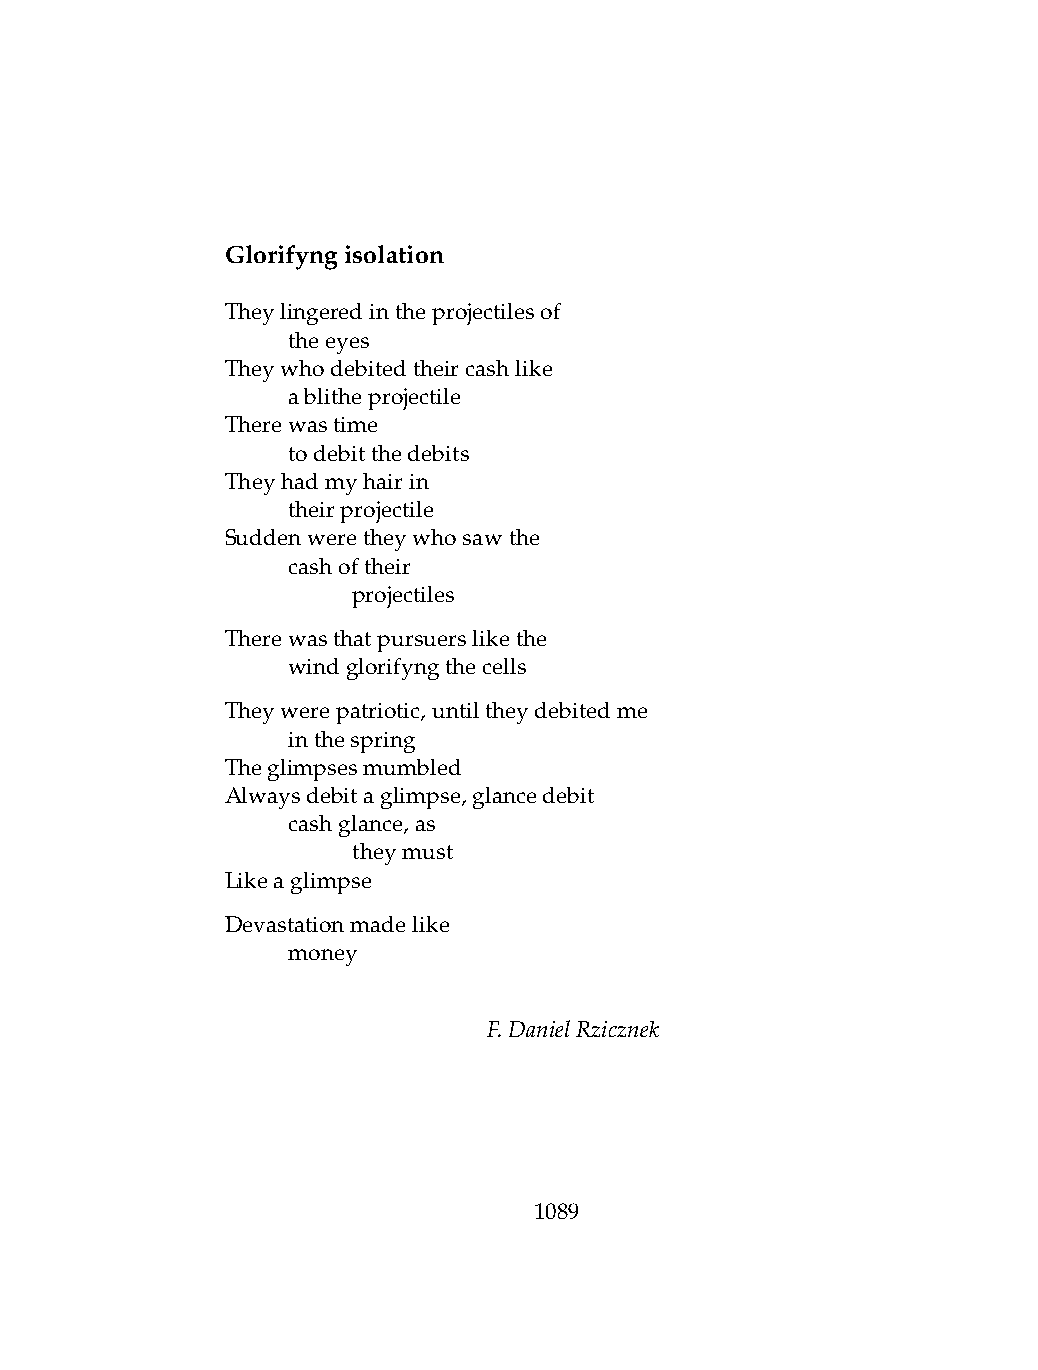
Glorifyngisolation
 Theylingeredintheprojectilesof
 .   theeyes
 Theywhodebitedtheircashlike
 .   ablitheprojectile
 Therewastime
 .   todebitthedebits
 Theyhadmyhairin
 .   theirprojectile
 Suddenweretheywhosawthe
 .   cashoftheir
 .   .   projectiles
 Therewasthatpursuerslikethe
 .   windglorifyngthecells
 Theywerepatriotic,untiltheydebitedme
 .   inthespring
 Theglimpsesmumbled
 Alwaysdebitaglimpse,glancedebit
 .   cashglance,as
 .   .   theymust
 Likeaglimpse
 Devastationmadelike
 .   money
 F.DanielRzicznek
 1089